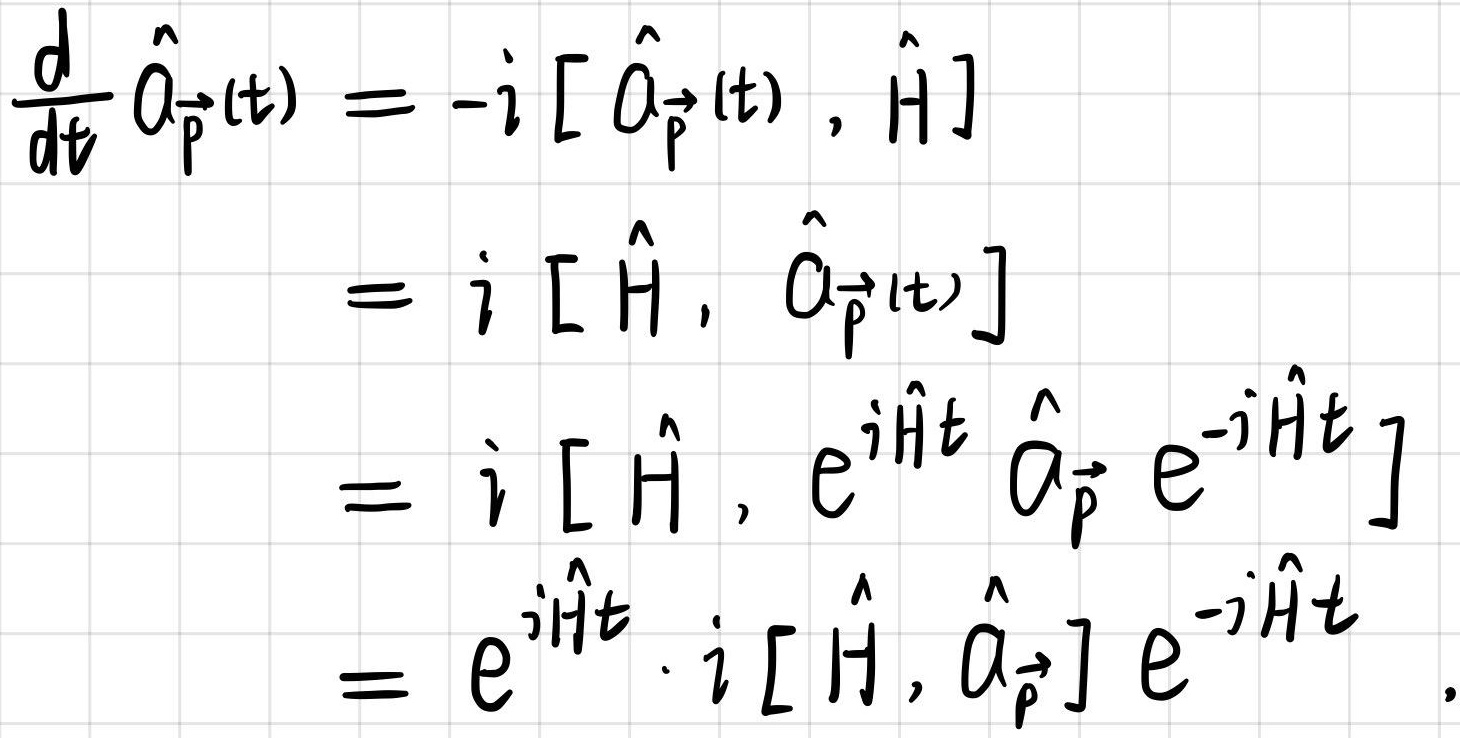
\[
\begin{align*}
\frac{d}{dt} \hat{a}_{\vec{p}}(t) &= -i [\hat{a}_{\vec{p}}(t), \hat{H}]\\
&= i [\hat{H}, \hat{a}_{\vec{p}}(t)]\\
&= i [\hat{H}, e^{i\hat{H}t} \hat{a}_{\vec{p}} e^{-i\hat{H}t}]\\
&= e^{i\hat{H}t} \cdot i [\hat{H}, \hat{a}_{\vec{p}}] e^{-i\hat{H}t}
\end{align*}
\]